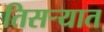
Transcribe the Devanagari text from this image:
तिसर्‍यात